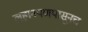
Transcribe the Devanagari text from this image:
लहानपणपासूनच